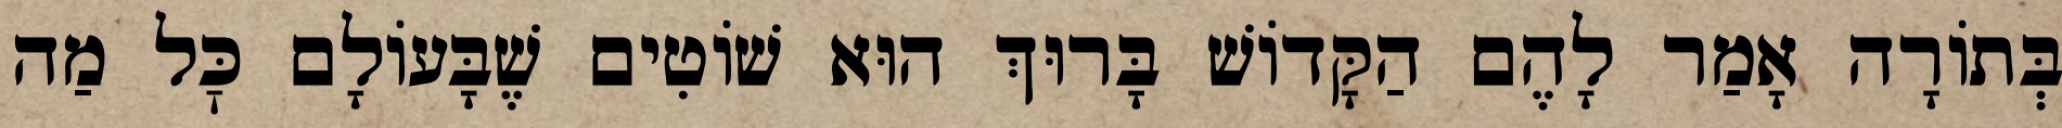
בְּתוֹרָה אָמַר לָהֶם הַקָּדוֹשׁ בָּרוּךְ הוּא שׁוֹטִים שֶׁבָּעוֹלָם כׇּל מַה